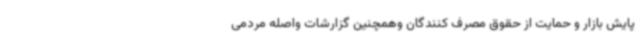
پایش بازار و حمایت از حقوق مصرف کنندگان وهمچنین گزارشات واصله مردمی